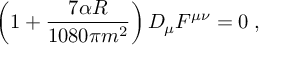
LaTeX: \left( 1 + \frac { 7 \alpha R } { 1 0 8 0 \pi m ^ { 2 } } \right) D _ { \mu } F ^ { \mu \nu } = 0 \; ,